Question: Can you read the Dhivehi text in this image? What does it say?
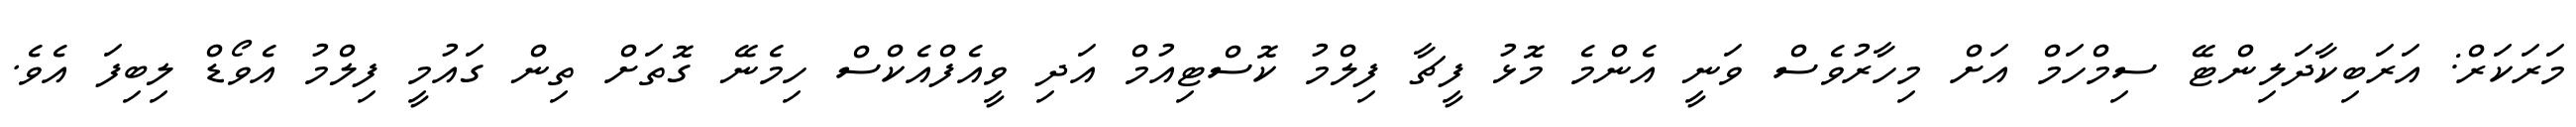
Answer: މަރަކަރް: އަރަބިކާދަލިންޓޭ ސިމްހަމް އަށް މިހާރުވެސް ވަނީ އެންމެ މޮޅު ފީޗާ ފިލްމު ކޮސްޓިއުމް އަދި ވީއެފްއެކްސް ހިމެނޭ ގޮތަށް ތިން ގައުމީ ފިލްމު އެވޯޑް ލިބިފަ އެވެ.